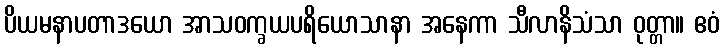
ပိယမနာပတာဒယော အာသဝက္ခယပရိယောသာနာ အနေကာ သီလာနိသံသာ ဝုတ္တာ။ ဧဝံ